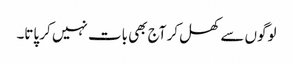
لوگوں سے کھل کر آج بھی بات نہیں کر پاتا۔